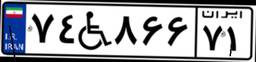
۰۸W۴۷۰۱۶